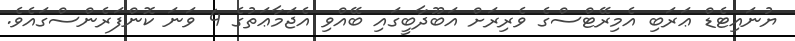
ޔުނައިޓެޑް ޢަރަބި އެމިރޭޓްސްގެ ވެރިރަށް އަބޫދާބީގައި ބޭއްވި އެޖަމާޢަތުގެ 4 ވަނަ ކޮންފަރެންސްގައެވެ.